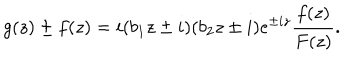
g ( z ) \pm f ( z ) = i ( b _ { 1 } z \pm i ) ( b _ { 2 } z \pm i ) e ^ { \pm i z } \frac { f ( z ) } { F ( z ) } .